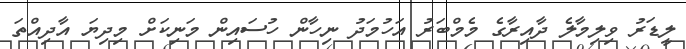
ލީޑަރު ވިލިމާލެ ދާއިރާގެ މެމްބަރު އަހުމަދު ނިހާން ހުސަައިން މަނިކަށް މިދިޔަ އާދިއްތަ